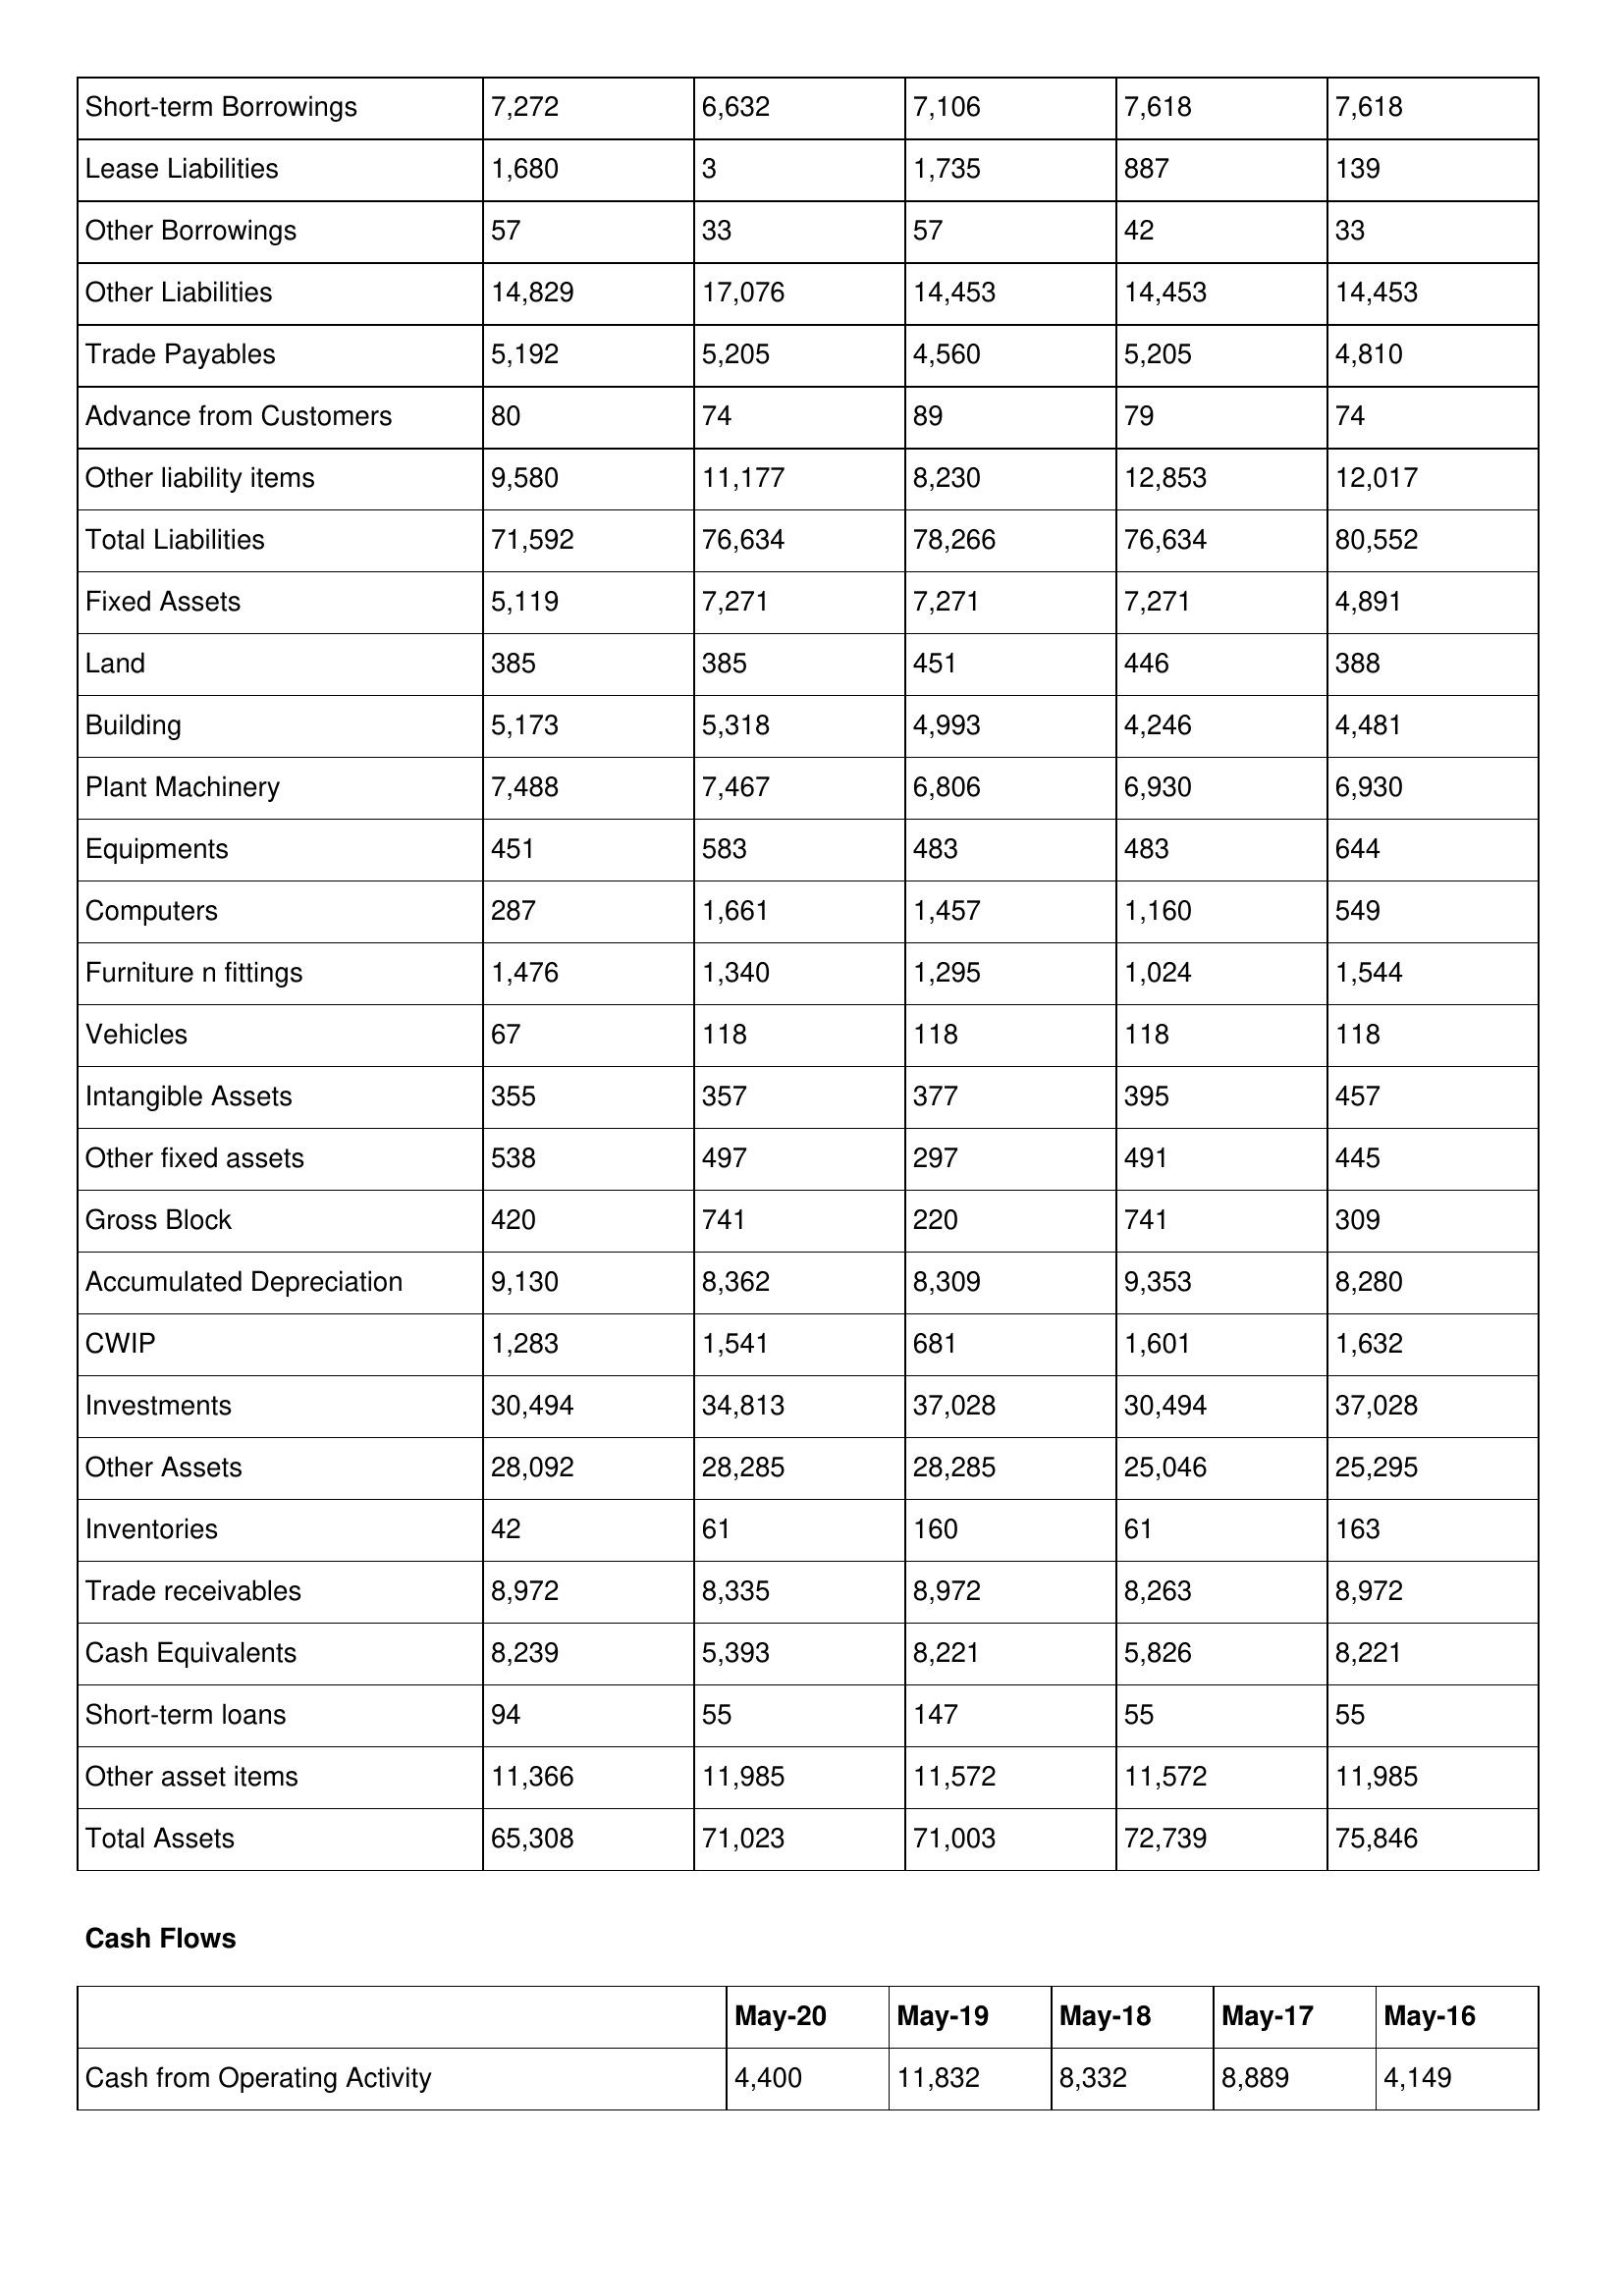
gt_parse: May-20: Balance Sheet: Short-term Borrowings: 7,272
Lease Liabilities: 1,680
Other Borrowings: 57
Other Liabilities: 14,829
Trade Payables: 5,192
Advance from Customers: 80
Other liability items: 9,580
Total Liabilities: 71,592
Fixed Assets: 5,119
Land: 385
Building: 5,173
Plant Machinery: 7,488
Equipments: 451
Computers: 287
Furniture n fittings: 1,476
Vehicles: 67
Intangible Assets: 355
Other fixed assets: 538
Gross Block: 420
Accumulated Depreciation: 9,130
CWIP: 1,283
Investments: 30,494
Other Assets: 28,092
Inventories: 42
Trade receivables: 8,972
Cash Equivalents: 8,239
Short-term loans: 94
Other asset items: 11,366
Total Assets: 65,308
Cash Flows: Cash from Operating Activity: 4,400
May-19: Balance Sheet: Short-term Borrowings: 6,632
Lease Liabilities: 3
Other Borrowings: 33
Other Liabilities: 17,076
Trade Payables: 5,205
Advance from Customers: 74
Other liability items: 11,177
Total Liabilities: 76,634
Fixed Assets: 7,271
Land: 385
Building: 5,318
Plant Machinery: 7,467
Equipments: 583
Computers: 1,661
Furniture n fittings: 1,340
Vehicles: 118
Intangible Assets: 357
Other fixed assets: 497
Gross Block: 741
Accumulated Depreciation: 8,362
CWIP: 1,541
Investments: 34,813
Other Assets: 28,285
Inventories: 61
Trade receivables: 8,335
Cash Equivalents: 5,393
Short-term loans: 55
Other asset items: 11,985
Total Assets: 71,023
Cash Flows: Cash from Operating Activity: 11,832
May-18: Balance Sheet: Short-term Borrowings: 7,106
Lease Liabilities: 1,735
Other Borrowings: 57
Other Liabilities: 14,453
Trade Payables: 4,560
Advance from Customers: 89
Other liability items: 8,230
Total Liabilities: 78,266
Fixed Assets: 7,271
Land: 451
Building: 4,993
Plant Machinery: 6,806
Equipments: 483
Computers: 1,457
Furniture n fittings: 1,295
Vehicles: 118
Intangible Assets: 377
Other fixed assets: 297
Gross Block: 220
Accumulated Depreciation: 8,309
CWIP: 681
Investments: 37,028
Other Assets: 28,285
Inventories: 160
Trade receivables: 8,972
Cash Equivalents: 8,221
Short-term loans: 147
Other asset items: 11,572
Total Assets: 71,003
Cash Flows: Cash from Operating Activity: 8,332
May-17: Balance Sheet: Short-term Borrowings: 7,618
Lease Liabilities: 887
Other Borrowings: 42
Other Liabilities: 14,453
Trade Payables: 5,205
Advance from Customers: 79
Other liability items: 12,853
Total Liabilities: 76,634
Fixed Assets: 7,271
Land: 446
Building: 4,246
Plant Machinery: 6,930
Equipments: 483
Computers: 1,160
Furniture n fittings: 1,024
Vehicles: 118
Intangible Assets: 395
Other fixed assets: 491
Gross Block: 741
Accumulated Depreciation: 9,353
CWIP: 1,601
Investments: 30,494
Other Assets: 25,046
Inventories: 61
Trade receivables: 8,263
Cash Equivalents: 5,826
Short-term loans: 55
Other asset items: 11,572
Total Assets: 72,739
Cash Flows: Cash from Operating Activity: 8,889
May-16: Balance Sheet: Short-term Borrowings: 7,618
Lease Liabilities: 139
Other Borrowings: 33
Other Liabilities: 14,453
Trade Payables: 4,810
Advance from Customers: 74
Other liability items: 12,017
Total Liabilities: 80,552
Fixed Assets: 4,891
Land: 388
Building: 4,481
Plant Machinery: 6,930
Equipments: 644
Computers: 549
Furniture n fittings: 1,544
Vehicles: 118
Intangible Assets: 457
Other fixed assets: 445
Gross Block: 309
Accumulated Depreciation: 8,280
CWIP: 1,632
Investments: 37,028
Other Assets: 25,295
Inventories: 163
Trade receivables: 8,972
Cash Equivalents: 8,221
Short-term loans: 55
Other asset items: 11,985
Total Assets: 75,846
Cash Flows: Cash from Operating Activity: 4,149